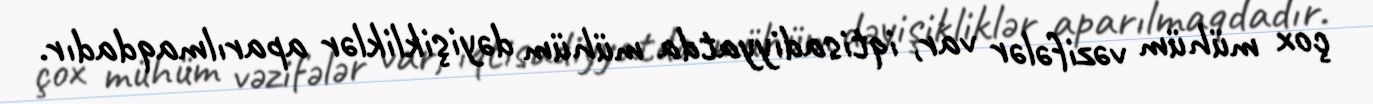
çox mühüm vəzifələr var, iqtisadiyyatda mühüm dəyişikliklər aparılmaqdadır.